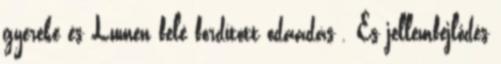
gyereke és Lumen felé fordított odaadás . És jellemfejlődés